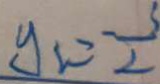
y _ { 1 } = \frac { 3 } { 2 }